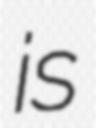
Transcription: is